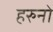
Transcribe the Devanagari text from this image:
हरुनो